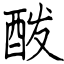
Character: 酦